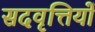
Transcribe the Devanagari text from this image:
सदवृत्तियों